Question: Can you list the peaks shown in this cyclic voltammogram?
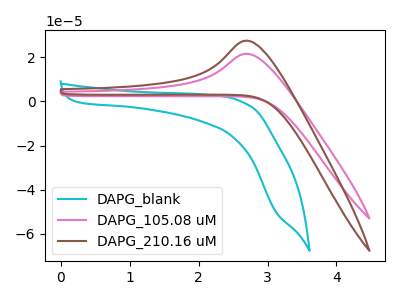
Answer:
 <answer>The cyan curve "DAPG_blank" has no peaks. The pink curve "DAPG_105.08 uM" has an anodic peak at: (2.70V, 21.55uA). The brown curve "DAPG_210.16 uM" has an anodic peak at: (2.70V, 27.50uA).</answer>
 <eval></eval>